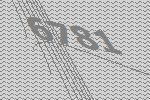
6781